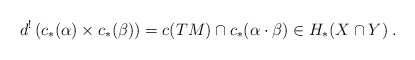
\begin{align*} d^!\left( c_*(\alpha) \times c_*(\beta) \right) = c(TM)\cap c_*(\alpha \cdot \beta) \in H_*(X\cap Y)\:. \end{align*}